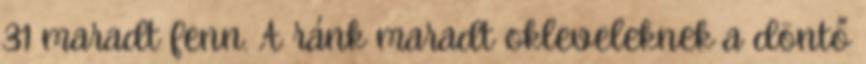
31 maradt fenn. A ránk maradt okleveleknek a döntő